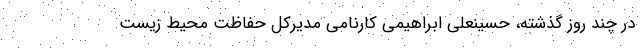
در چند روز گذشته، حسینعلی ابراهیمی کارنامی مدیرکل حفاظت محیط زیست